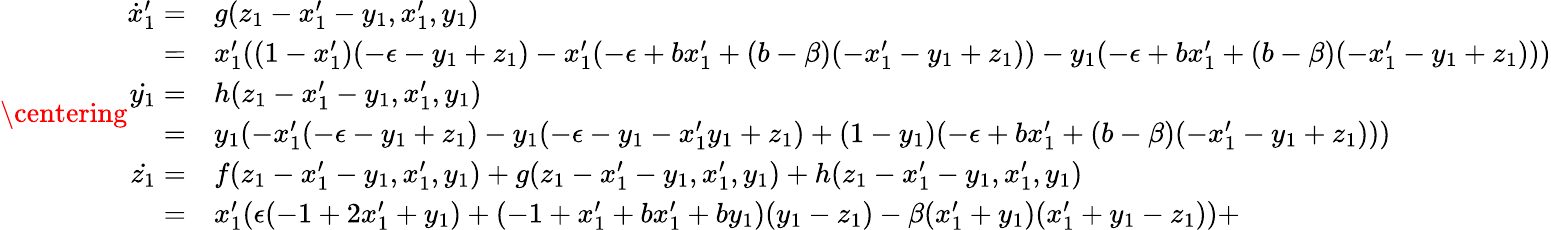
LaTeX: \centering\begin{array}{rl}{\dot{x}_{1}^{\prime}=}&{{}g(z_{1}-x_{1}^{\prime}-y_{1},x_{1}^{\prime},y_{1})}\\ {=}&{{}x_{1}^{\prime}((1-x_{1}^{\prime})(-\epsilon-y_{1}+z_{1})-x_{1}^{\prime}(-\epsilon+bx_{1}^{\prime}+(b-\beta)(-x_{1}^{\prime}-y_{1}+z_{1}))-y_{1}(-\epsilon+bx_{1}^{\prime}+(b-\beta)(-x_{1}^{\prime}-y_{1}+z_{1})))}\\ {\dot{y_{1}}=}&{{}h(z_{1}-x_{1}^{\prime}-y_{1},x_{1}^{\prime},y_{1})}\\ {=}&{{}y_{1}(-x_{1}^{\prime}(-\epsilon-y_{1}+z_{1})-y_{1}(-\epsilon-y_{1}-x_{1}^{\prime}y_{1}+z_{1})+(1-y_{1})(-\epsilon+bx_{1}^{\prime}+(b-\beta)(-x_{1}^{\prime}-y_{1}+z_{1})))}\\ {\dot{z_{1}}=}&{{}f(z_{1}-x_{1}^{\prime}-y_{1},x_{1}^{\prime},y_{1})+g(z_{1}-x_{1}^{\prime}-y_{1},x_{1}^{\prime},y_{1})+h(z_{1}-x_{1}^{\prime}-y_{1},x_{1}^{\prime},y_{1})}\\ {=}&{{}x_{1}^{\prime}(\epsilon(-1+2x_{1}^{\prime}+y_{1})+(-1+x_{1}^{\prime}+bx_{1}^{\prime}+by_{1})(y_{1}-z_{1})-\beta(x_{1}^{\prime}+y_{1})(x_{1}^{\prime}+y_{1}-z_{1}))+}\end{array}